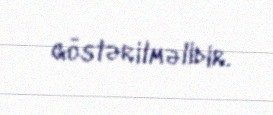
göstərilməlidir.